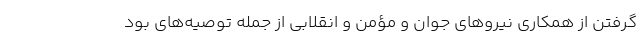
‌گرفتن از همکاری نیروهای جوان و مؤمن و انقلابی از جمله توصیه‌های بود